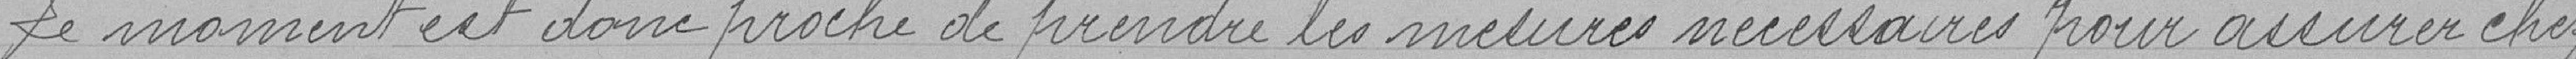
Le moment est donc proche de prendre les mesures nécessaires pour assurer chez